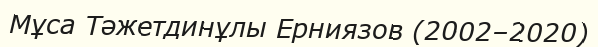
Мұса Тәжетдинұлы Ерниязов (2002–2020)